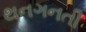
થનગનતી